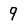
Character: 9